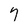
Character: 7